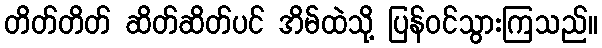
တိတ်တိတ် ဆိတ်ဆိတ်ပင် အိမ်ထဲသို့ ပြန်ဝင်သွားကြသည်။